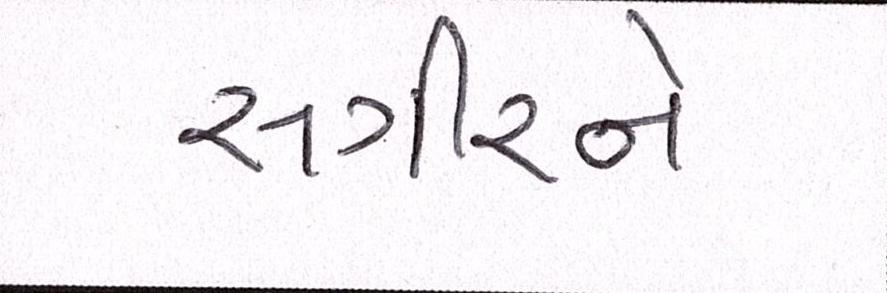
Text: સગીરને